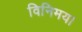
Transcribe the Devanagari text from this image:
विनिमय।